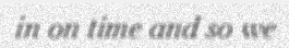
in on time and so we